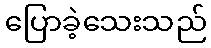
ပြောခဲ့သေးသည်